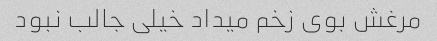
مرغش بوی زخم میداد خیلی جالب نبود